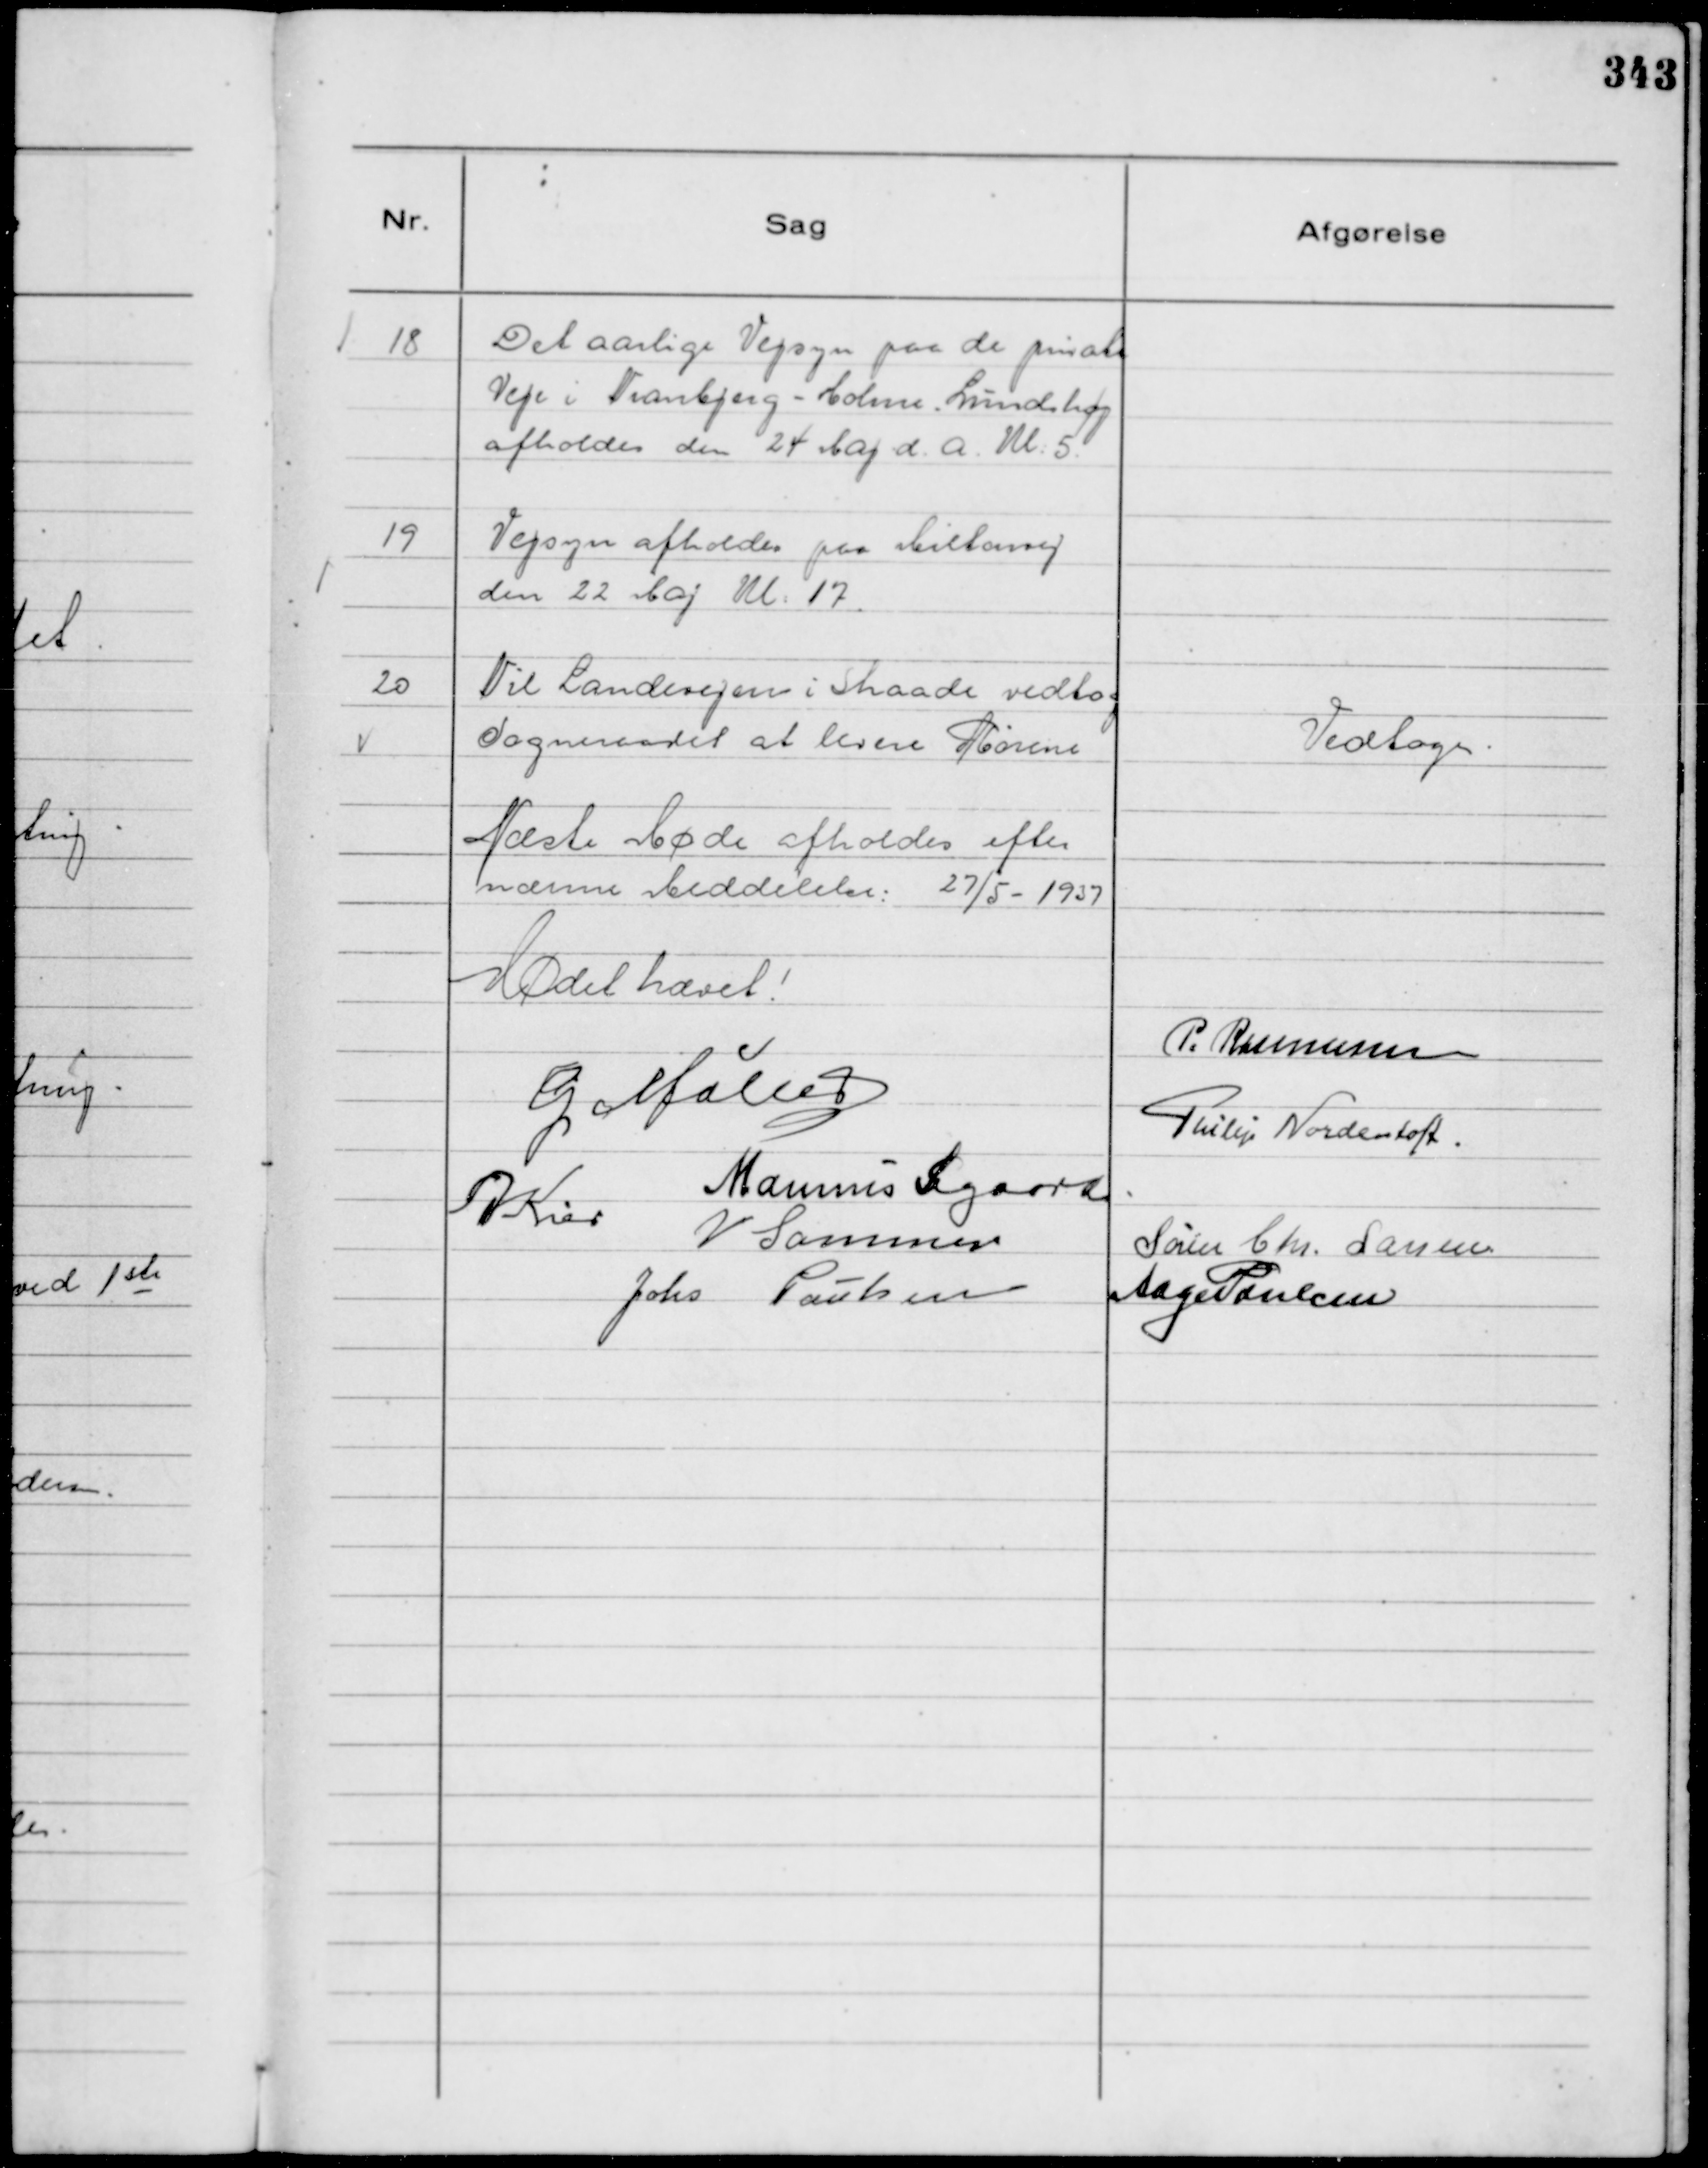
Transskription:
18
Det aarlige Vejsyn paa de private
Veje i Tranbjerg - Holme. Lundshøj
afholdes den 24 Maj d. A. Kl: 5.

19
Vejsyn afholdes paa Miltonvej
den 22 Maj Kl: 17.

20
Til Landevejen i Skaade vedtog
Sogneraadet at levere Rørene

Vedtoges.

Næste Møde afholdes efter
nærmere Meddelelse: 27/5 - 1937

Mødet hævet!
P. Rasmussen
G Møller
Philip Nordentoft.
Marinus Sigaard.
A Kier
V Sommer
Søren Chr. Larsen
Johs Poulsen
Aage Poulsen